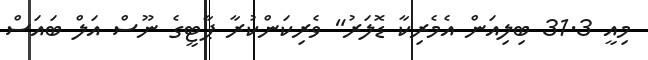
މިއީ 31.3 ބިލިއަން އެމެރިކާ ޑޮލަރު" ވެރިކަންކުރާ ޕާޓީގެ ނޫސް އަލް ބައަސް